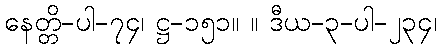
နေတ္တိ-ပါ-၇၄၊ ဋ္ဌ-၁၅၁။ ။ ဒီယ-၃-ပါ-၂၃၄၊